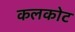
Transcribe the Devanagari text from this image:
कलकोट